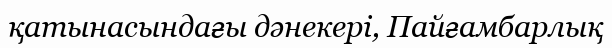
қатынасындағы дәнекері, Пайғамбарлық